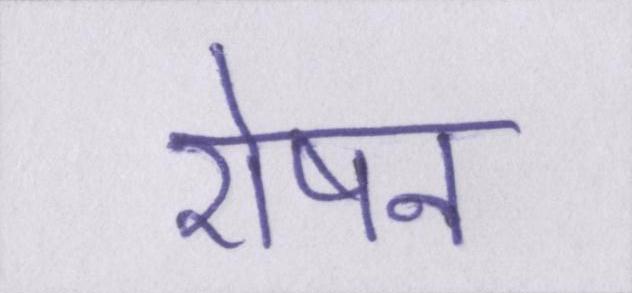
रोषन